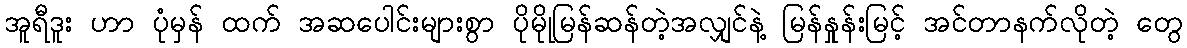
အူရီဒူး ဟာ ပုံမှန် ထက် အဆပေါင်းများစွာ ပိုမိုုမြန်ဆန်တဲ့အလျှင်နဲ့ မြန်နှုန်းမြင့် အင်တာနက်လိုတဲ့ တွေ